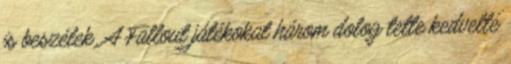
is beszélek. A Fallout játékokat három dolog tette kedvelté